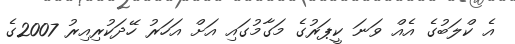
އެ ކްލަބުގެ އެއް ވަނަ ކީޕަރުގެ މަގާމުގައި އަށް އަހަރު ހޭދަކުރިއިރު 2007ގެ